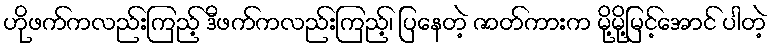
ဟိုဖက်ကလည်းကြည့် ဒီဖက်ကလည်းကြည့်၊ ပြနေတဲ့ ဇာတ်ကားက မို့မို့မြင့်အောင် ပါတဲ့